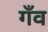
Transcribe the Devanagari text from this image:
गँव